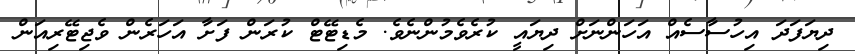
ދިޔަފަދަ އިހުސާސެއް އަހަންނަށް ދިޔައީ ކުރެވެމުންނެވެ. މެޑިޓޭޓް ކުރަން ފަށާ އަހަރެން ވެޖިޓޭރިއަން